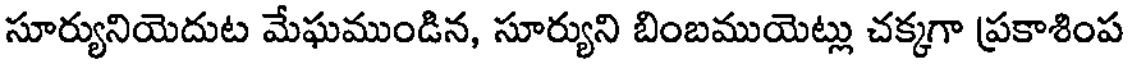
సూర్యునియెదుట మేఘముండిన, సూర్యుని బింబముయెట్లు చక్కగా ప్రకాశింప